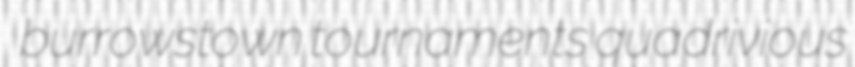
burrowstown tournaments quadrivious